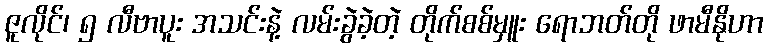
ဇူလိုင်၊ ၅ လီဗာပူး အသင်းနဲ့ လမ်းခွဲခဲ့တဲ့ တိုက်စစ်မှူး ရောဘတ်တို ဖာမီနိုဟာ